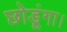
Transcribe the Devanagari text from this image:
छोडूंगा।